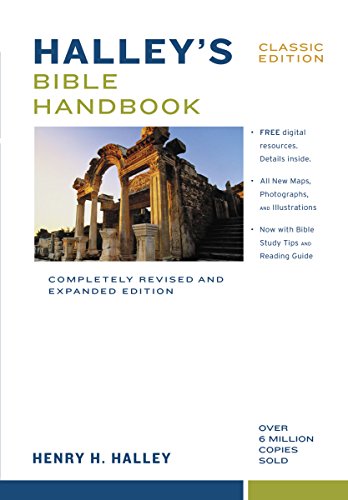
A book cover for Halley's Bible Handbook, Classic Edition: Completely Revised and Expanded Edition---Over 6 Million Copies Sold; Henry H. Halley; Christian Books & Bibles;